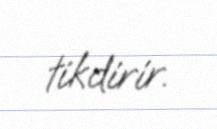
tikdirir.